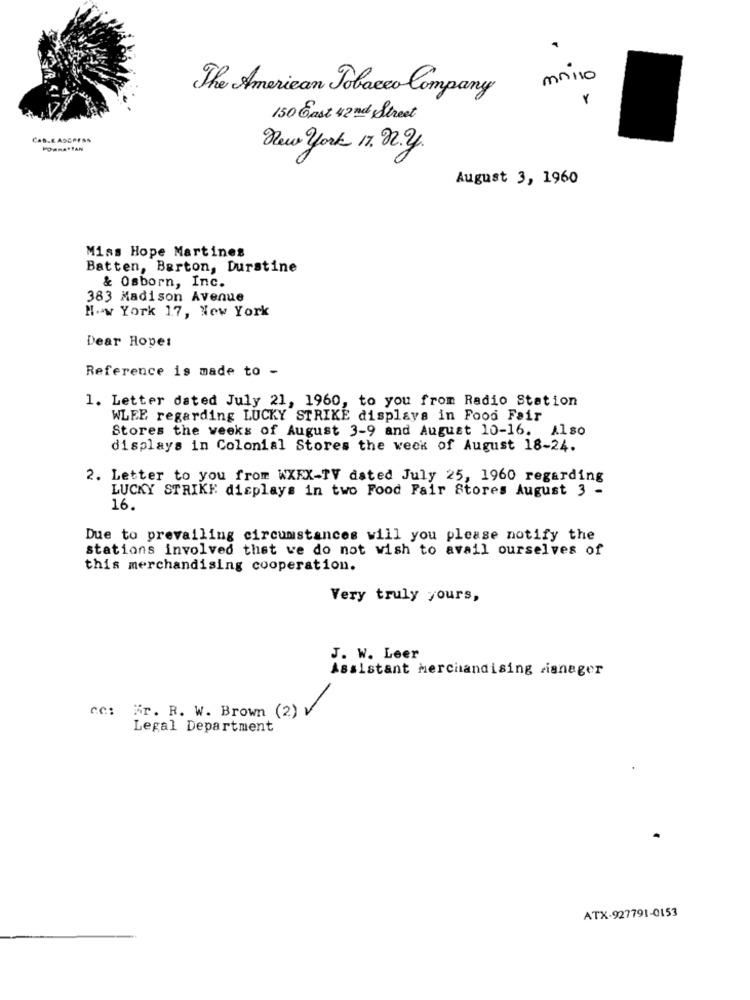
maiso
The American Tobacco Company
150 Cast 42 nd Street
CABLE ASCOFAS
FORMA TAN
New york 17. 22.2.
August 3, 1960
Miss Hope Martines
Batten, Barton, Durstine
& Osborn, Inc.
383 Madison Avenue
H.w York 17, New York
Dear Hope:
Reference is made to -
1. Letter dated July 21, 1960, to you from Radio Station
WLEE regarding LUCKY STRIKE displays in Food Fair
Stores the weeks of August 3-9 and August 10-16. Also
displays in Colonial Stores the week of August 18-24.
2. Letter to you from WXEX-TV dated July 25, 1960 regarding
LUCKY STRIKE displays in two Food Fair Stores August 3 -
16.
Due to prevailing circumstances will you please notify the
stations involved that we do not wish to avail ourselves of
this merchandising cooperation.
Very truly yours,
J. W. Leer
Assistant Merchandising zianeger
cc: Fr. R. W. Brown (2)
Legal Department
ATX-927791-0153